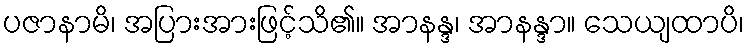
ပဇာနာမိ၊ အပြားအားဖြင့်သိ၏။ အာနန္ဒ၊ အာနန္ဒာ။ သေယျထာပိ၊